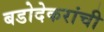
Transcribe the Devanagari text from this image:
बडोदेकरांची